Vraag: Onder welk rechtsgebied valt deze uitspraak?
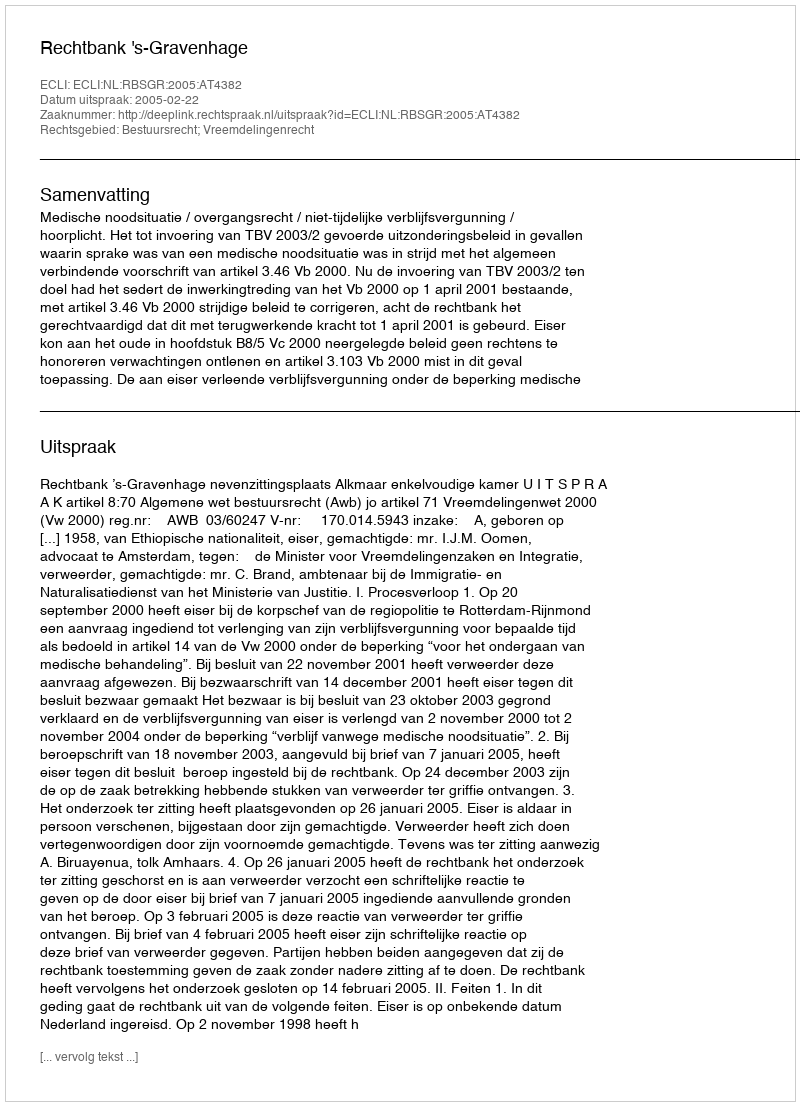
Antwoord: Bestuursrecht; Vreemdelingenrecht